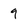
Character: 9